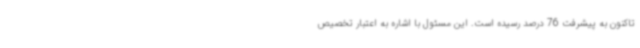
تاکنون به پیشرفت 76 درصد رسیده است. این مسئول با اشاره به اعتبار تخصیص